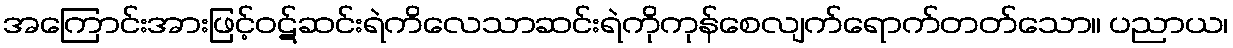
အကြောင်းအားဖြင့်ဝဋ်ဆင်းရဲကိလေသာဆင်းရဲကိုကုန်စေလျက်ရောက်တတ်သော။ ပညာယ၊